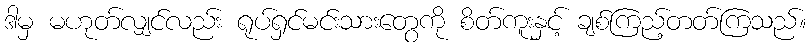
ဒါမှ မဟုတ်လျှင်လည်း ရုပ်ရှင်မင်းသားတွေကို စိတ်ကူးနှင့် ချစ်ကြည့်တတ်ကြသည်။